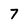
Character: 7